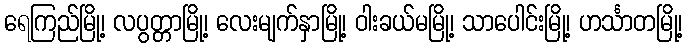
ရေကြည်မြို့၊ လပွတ္တာမြို့၊ လေးမျက်နှာမြို့၊ ဝါးခယ်မမြို့၊ သာပေါင်းမြို့၊ ဟင်္သာတမြို့၊